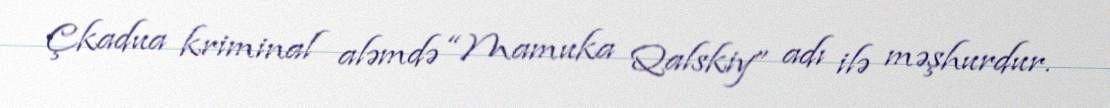
Çkadua kriminal aləmdə “Mamuka Qalskiy” adı ilə məşhurdur.